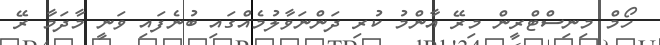
ހޯމް މިނިސްޓްރީން މިރޭ އާންމު ކުރި ދަންނަވާލުމެއްގައި ބުނެފައި ވަނީ މާދަމާ ރޭ